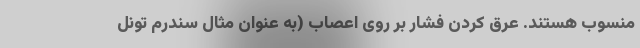
منسوب هستند. عرق کردن فشار بر روی اعصاب (به عنوان مثال سندرم تونل